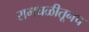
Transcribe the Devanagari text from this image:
रामघळीतूनच